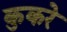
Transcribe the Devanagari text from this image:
कुकरे